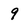
Character: 9